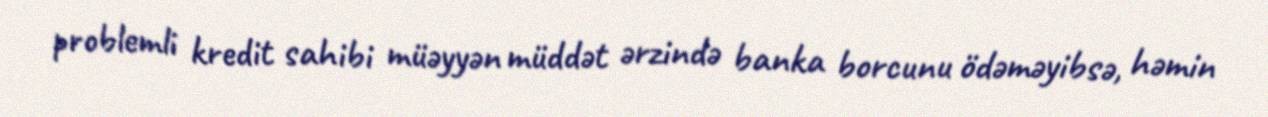
problemli kredit sahibi müəyyən müddət ərzində banka borcunu ödəməyibsə, həmin